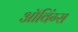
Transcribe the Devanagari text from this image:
ऑविंग्स